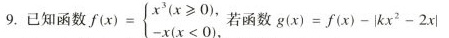
9.已知函数 $$ f (x)= \left\ { \begin {matrix} x^ {3} (x \geq 0) , \\ -x (x<0) , \\ \end {matrix} \right $$ . 若函数 $$ g (x)=f (x)-|kx^{2}-2x| $$